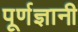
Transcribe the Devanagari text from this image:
पूर्णज्ञानी